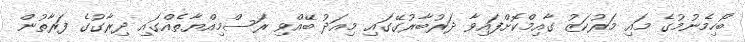
ބޯހިމެނުމުގެ މައި މަރުކަޒު ގާއިމްކޮށްފައިވާ ދަރުބާރުގޭގައި މިއަދު ބޭއްވި ރަސްމިއްޔާތެއްގައި ދިރާގުގެ ފަރާތުން